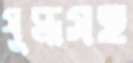
যুদ্ধসহ